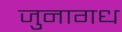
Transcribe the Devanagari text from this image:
जुनागध